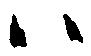
ハ